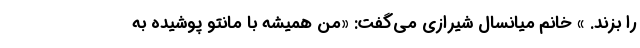
را بزند. » خانم میانسال شیرازی می‌گفت: «من همیشه با مانتو پوشیده به